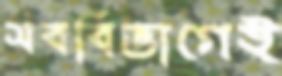
সববিভাগেই